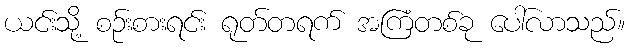
ယင်းသို့ စဉ်းစားရင်း ရုတ်တရက် အကြံတစ်ခု ပေါ်လာသည်။